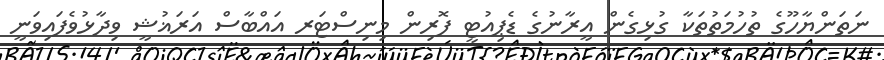
ނަތަންޔާހޫގެ ތުހުމަތުތަކާ ގުޅިގެން އީރާނުގެ ޑެޕިއުޓީ ފޮރިން މިނިސްޓަރ އައްބާސް އަރަޣުޝީ ވިދާޅުވެފައިވަނީ